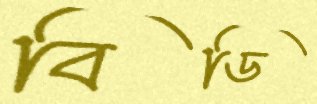
বিডি